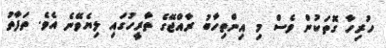
ހުރިހާ ގޮތަކުން ވެސް މި އިންތިހާބު ރާއްޖޭގެ ތާރީހުގައި ލިޔެވޭނެ އެވެ. ތަފާތު